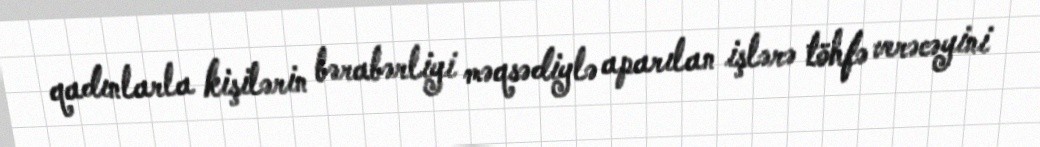
qadınlarla kişilərin bərabərliyi məqsədiylə aparılan işlərə töhfə verəcəyini